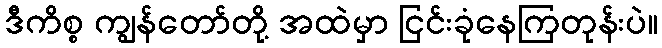
ဒီကိစ္စ ကျွန်တော်တို့ အထဲမှာ ငြင်းခုံနေကြတုန်းပဲ။